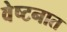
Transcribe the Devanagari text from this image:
वेष्टनात